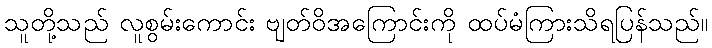
သူတို့သည် လူစွမ်းကောင်း ဗျတ်ဝိအကြောင်းကို ထပ်မံကြားသိရပြန်သည်။